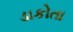
ડાકોતા